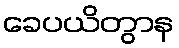
ခေပယိတွာန